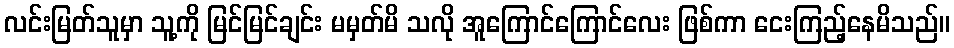
လင်းမြတ်သူမှာ သူ့ကို မြင်မြင်ချင်း မမှတ်မိ သလို အူကြောင်ကြောင်လေး ဖြစ်ကာ ငေးကြည့်နေမိသည်။